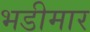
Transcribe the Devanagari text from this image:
भडीमार